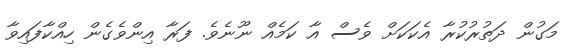
މަގުން ދަތުރުކުރާ އެކަކަށް ވެސް އާ ކަމެއް ނޫނެވެ. ފަރާ އިންވެގެން ހިއްކާފައިވާ